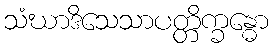
သံဃာဒိသေသာပတ္တိက္ခန္ဓော